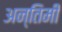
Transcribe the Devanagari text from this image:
अन्तिमी